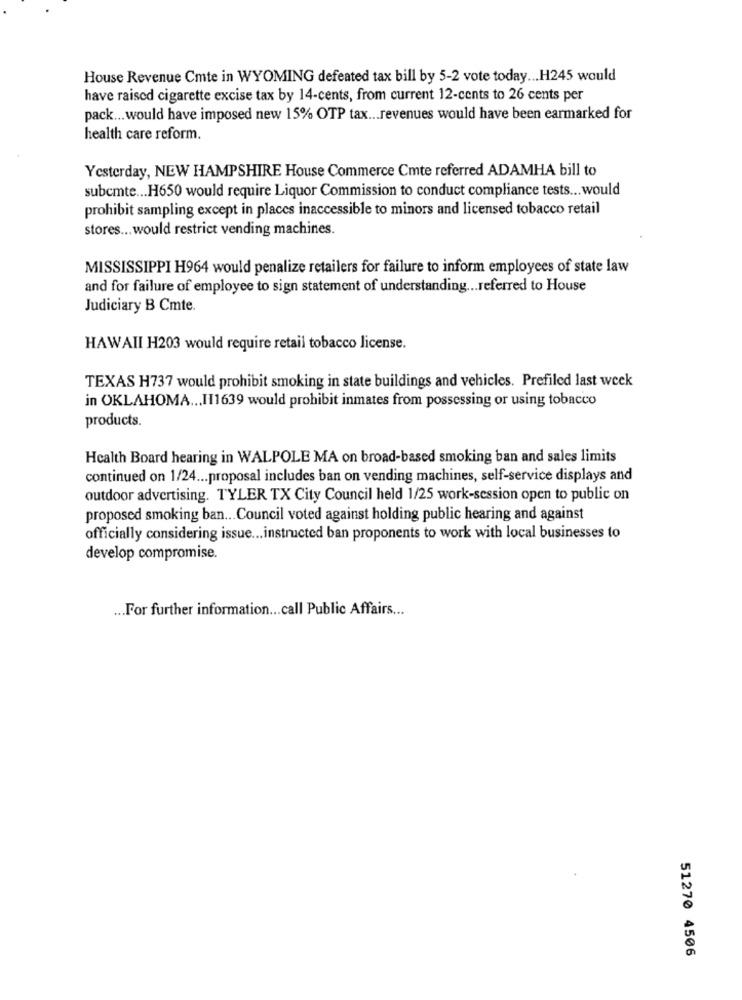
House Revenue Cmte in WYOMING defeated tax bill by 5-2 vote today ... H245 would
have raised cigarette excise tax by 14-cents, from current 12-cents to 26 cents per
pack ... would have imposed new 15% OTP tax ... revenues would have been earmarked for
health care reform.
Yesterday, NEW HAMPSHIRE House Commerce Cmte referred ADAMHA bill to
subcmte ... H650 would require Liquor Commission to conduct compliance tests ... would
prohibit sampling except in places inaccessible to minors and licensed tobacco retail
stores ... would restrict vending machines.
MISSISSIPPI H964 would penalize retailers for failure to inform employees of state law
and for failure of employee to sign statement of understanding ... referred to House
Judiciary B Cmte.
HAWAII H203 would require retail tobacco license.
TEXAS H737 would prohibit smoking in state buildings and vehicles. Prefiled last week
in OKLAHOMA ... Il1639 would prohibit inmates from possessing or using tobacco
products.
Health Board hearing in WALPOLE MA on broad-based smoking ban and sales limits
continued on 1/24 ... proposal includes ban on vending machines, self-service displays and
outdoor advertising. TYLER TX City Council held 1/25 work-session open to public on
proposed smoking ban ... Council voted against holding public hearing and against
officially considering issue ... instructed ban proponents to work with local businesses to
develop compromise.
... For further information ... call Public Affairs ...
51270 4506